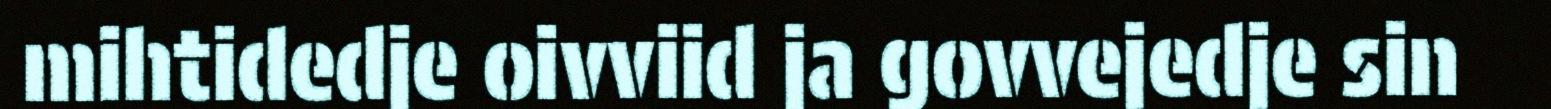
mihtidedje oivviid ja govvejedje sin